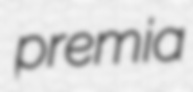
premia